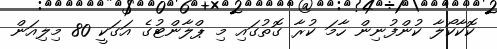
ކޮކާކޯލާ ކުންފުނިން ހާމަ ކުރާ ގޮތުގައި މި ޕްލާންޓުގެ އަގަކީ 80 މިލިއަން